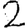
Digit: 2